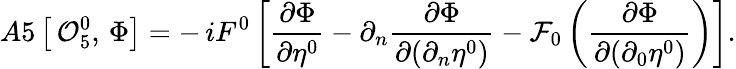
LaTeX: A5\left[\, {\cal O}_{5}^{0},\, \Phi\right]=-\, iF^{0}\left[\frac{\partial\Phi}{\partial\eta^{0}}-\partial_{n}\frac{\partial\Phi}{\partial(\partial_{n}\eta^{0})}-{\cal F}_{0}\left(\frac{\partial\Phi}{\partial(\partial_{0}\eta^{0})}\right)\right].